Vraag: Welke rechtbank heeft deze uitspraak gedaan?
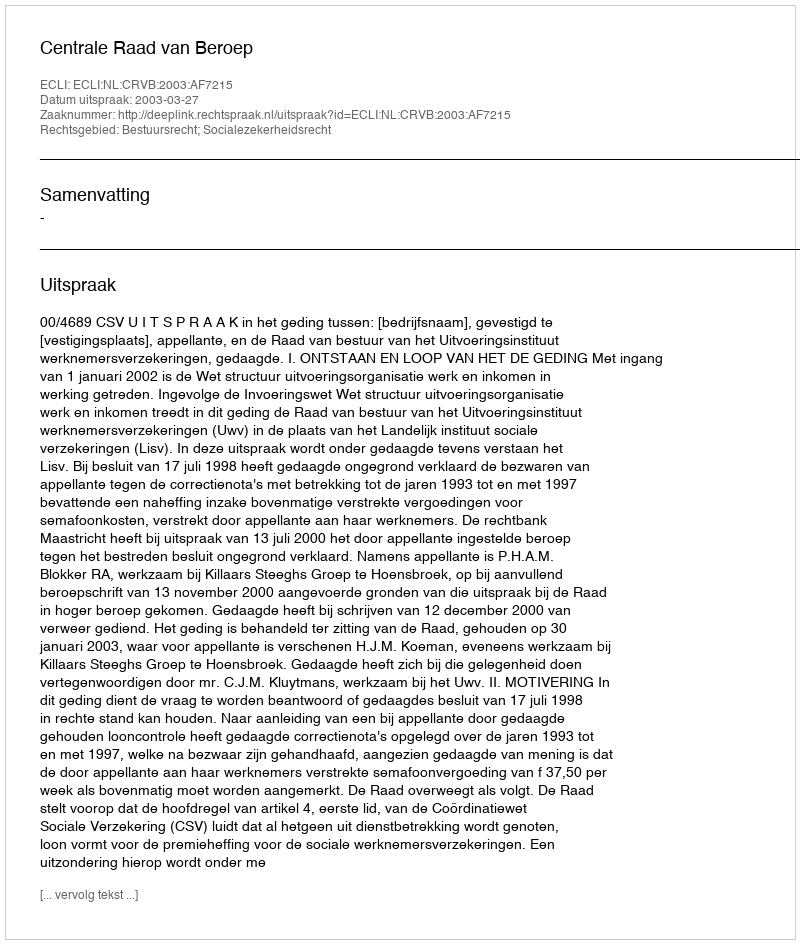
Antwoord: Centrale Raad van Beroep